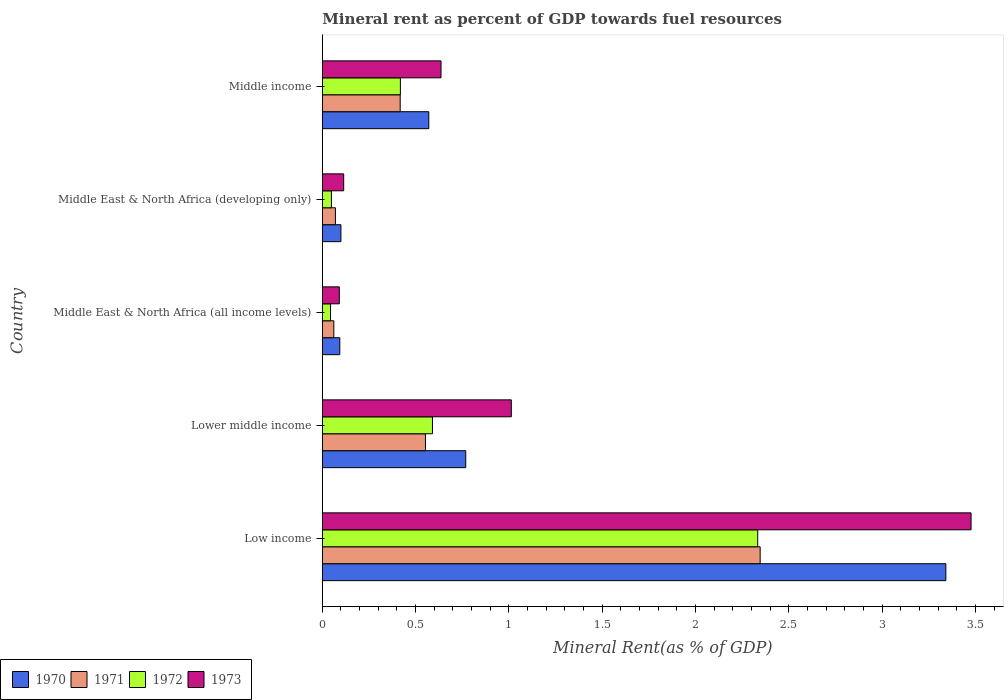
| Country | 1970 | 1971 | 1972 | 1973 |
 | --- | --- | --- | --- | --- |
 | Low income | 3.34 | 2.35 | 2.33 | 3.48 |
 | Lower middle income | 0.769 | 0.553 | 0.59 | 1.01 |
 | Middle East & North Africa (all income levels) | 0.0936 | 0.0615 | 0.044 | 0.091 |
 | Middle East & North Africa (developing only) | 0.0996 | 0.0702 | 0.0487 | 0.114 |
 | Middle income | 0.571 | 0.417 | 0.418 | 0.636 |